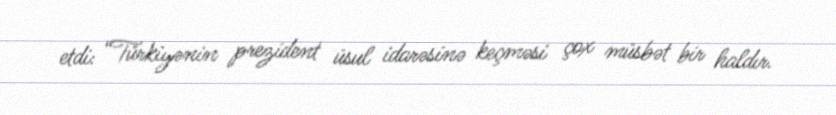
etdi: “Türkiyənin prezident üsul idarəsinə keçməsi çox müsbət bir haldır.